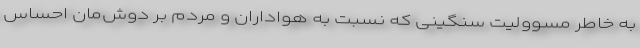
به خاطر مسوولیت سنگینی که نسبت به هواداران و مردم بر دوش‌مان احساس